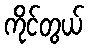
ကိုင်တွယ်